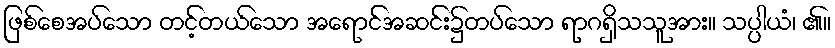
ဖြစ်စေအပ်သော တင့်တယ်သော အရောင်အဆင်း၌တပ်သော ရာဂရှိသသူအား။ သပ္ပါယံ၊ ၏။